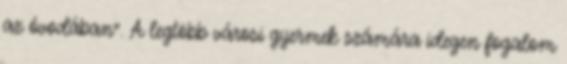
az óvodában”. A legtöbb városi gyermek számára idegen fogalom